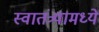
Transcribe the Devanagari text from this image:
स्वातंत्र्यामध्ये